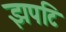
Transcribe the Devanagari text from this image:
झपटि